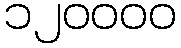
၁၂၀၀၀၀